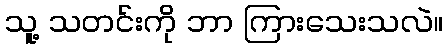
သူ့ သတင်းကို ဘာ ကြားသေးသလဲ။